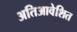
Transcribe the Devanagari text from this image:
अतिआवेशित